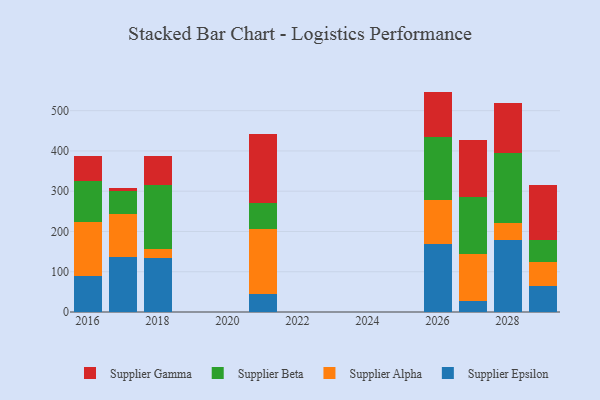
{"axis": {"x": "Year", "y": "Inventory Turnover"}, "legend": ["Supplier Alpha", "Supplier Beta", "Supplier Epsilon", "Supplier Gamma"], "data": [{"x": "2027", "y": 28.0, "type": "Supplier Epsilon"}, {"x": "2027", "y": 116.1, "type": "Supplier Alpha"}, {"x": "2027", "y": 142.1, "type": "Supplier Beta"}, {"x": "2027", "y": 142.0, "type": "Supplier Gamma"}, {"x": "2026", "y": 169.2, "type": "Supplier Epsilon"}, {"x": "2026", "y": 108.9, "type": "Supplier Alpha"}, {"x": "2026", "y": 157.5, "type": "Supplier Beta"}, {"x": "2026", "y": 111.8, "type": "Supplier Gamma"}, {"x": "2028", "y": 179.3, "type": "Supplier Epsilon"}, {"x": "2028", "y": 40.8, "type": "Supplier Alpha"}, {"x": "2028", "y": 173.7, "type": "Supplier Beta"}, {"x": "2028", "y": 124.5, "type": "Supplier Gamma"}, {"x": "2017", "y": 137.3, "type": "Supplier Epsilon"}, {"x": "2017", "y": 106.4, "type": "Supplier Alpha"}, {"x": "2017", "y": 57.3, "type": "Supplier Beta"}, {"x": "2017", "y": 8.0, "type": "Supplier Gamma"}, {"x": "2029", "y": 63.4, "type": "Supplier Epsilon"}, {"x": "2029", "y": 61.4, "type": "Supplier Alpha"}, {"x": "2029", "y": 54.3, "type": "Supplier Beta"}, {"x": "2029", "y": 136.0, "type": "Supplier Gamma"}, {"x": "2016", "y": 88.9, "type": "Supplier Epsilon"}, {"x": "2016", "y": 134.4, "type": "Supplier Alpha"}, {"x": "2016", "y": 102.5, "type": "Supplier Beta"}, {"x": "2016", "y": 62.9, "type": "Supplier Gamma"}, {"x": "2021", "y": 44.5, "type": "Supplier Epsilon"}, {"x": "2021", "y": 161.1, "type": "Supplier Alpha"}, {"x": "2021", "y": 66.3, "type": "Supplier Beta"}, {"x": "2021", "y": 170.1, "type": "Supplier Gamma"}, {"x": "2018", "y": 134.2, "type": "Supplier Epsilon"}, {"x": "2018", "y": 21.4, "type": "Supplier Alpha"}, {"x": "2018", "y": 159.5, "type": "Supplier Beta"}, {"x": "2018", "y": 72.4, "type": "Supplier Gamma"}]}